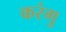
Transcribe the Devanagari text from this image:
करंगु